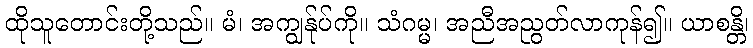
ထိုသူတောင်းတို့သည်။ မံ၊ အကျွန်ုပ်ကို။ သံဂမ္မ၊ အညီအညွတ်လာကုန်၍။ ယာစန္တိ၊